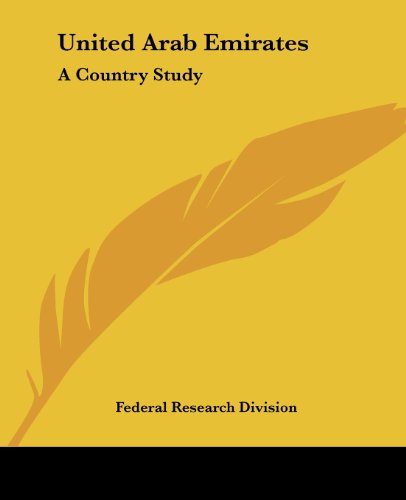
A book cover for United Arab Emirates: A Country Study (Area Handbook); Federal Research Division; History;